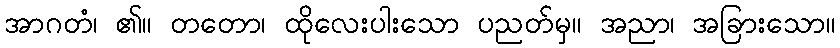
အာဂတံ၊ ၏။ တတော၊ ထိုလေးပါးသော ပညတ်မှ။ အညာ၊ အခြားသော။